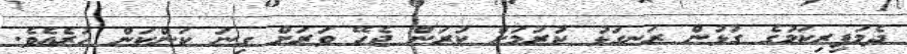
ދެމަފިރިކަމުގެ ގުޅުން ރަނގަޅު ކުރުމަށް ކުރަން ޖެހޭ ވަރަށް ގިނަ ކަންކަން ހުރެއެވެ.